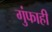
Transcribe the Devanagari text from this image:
गुंफाही